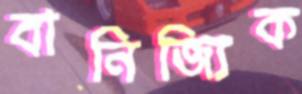
বানিজ্যিক